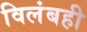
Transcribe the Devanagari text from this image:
विलंबही